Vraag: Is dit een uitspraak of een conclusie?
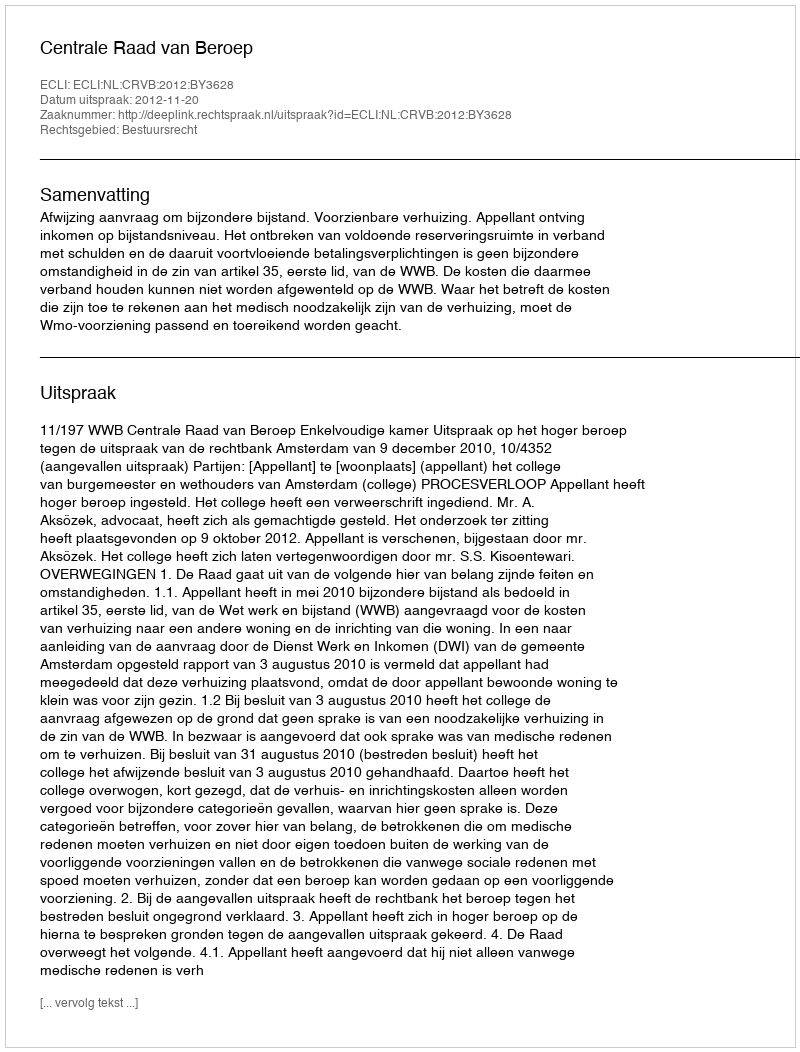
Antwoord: Uitspraak